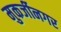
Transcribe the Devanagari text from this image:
मुकर्जीनगर